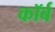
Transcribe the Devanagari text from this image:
कॉर्ब